Annual report of the Imperial Bacteriologist
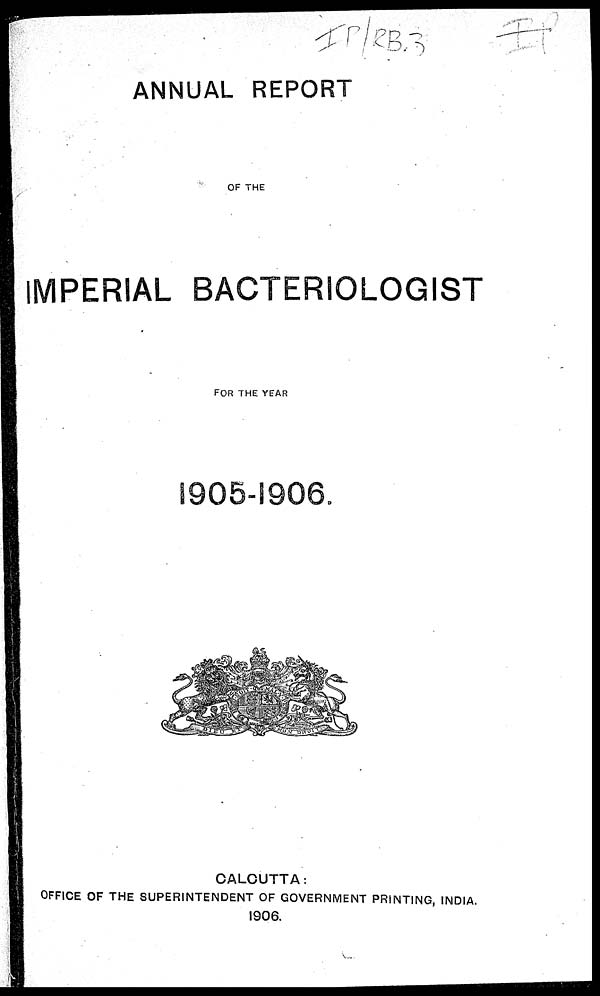
ANNUAL REPORT
OF THE
IMPERIAL BACTERIOLOGIST
FOR THE YEAR
1905-1906.
CALCUTTA:
OFFICE OF THE SUPERINTENDENT OF GOVERNMENT PRINTING, INDIA.
1906.